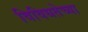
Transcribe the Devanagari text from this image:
विविधतेच्या